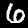
Digit: 6